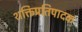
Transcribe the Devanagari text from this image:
शक्तिप्रतिपादक